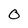
Character: O